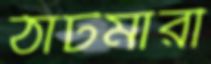
ঠাটমারী